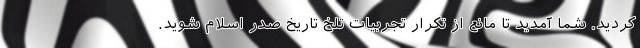
کردید. شما آمدید تا مانع از تکرار تجربیات تلخ تاریخ صدر اسلام شوید.